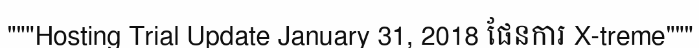
"""Hosting Trial Update January 31, 2018 ផែនការ X-treme"""